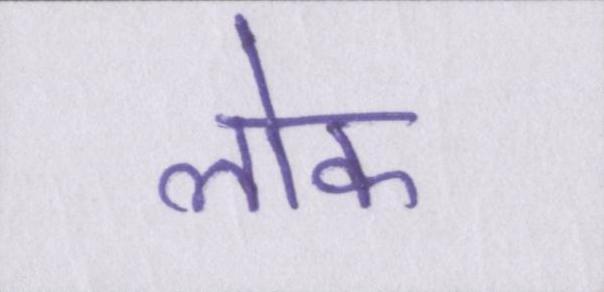
लॊक